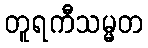
တူရကီသမ္မတ